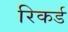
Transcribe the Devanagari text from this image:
रिकर्ड